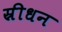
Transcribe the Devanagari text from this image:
स्रीधन